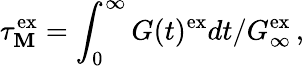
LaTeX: \tau_{\mathbf{M}}^{\mathrm{{ex}}}=\int_{0}^{\infty}G(t)^{\mathrm{{ex}}}dt/G_{\infty}^{\mathrm{{ex}}}\, ,